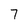
Character: 7